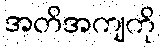
အတိအကျကို